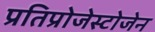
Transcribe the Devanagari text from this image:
प्रतिप्रोजेस्टोजेन